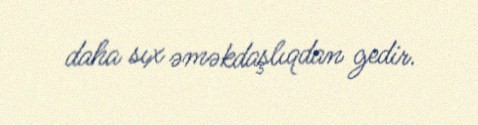
daha sıx əməkdaşlıqdan gedir.